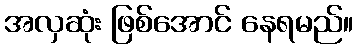
အလှဆုံး ဖြစ်အောင် နေရမည်။